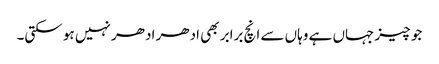
جو چیز جہاں ہے وہاں سے انچ برابر بھی ادھر ادھر نہیں ہو سکتی۔